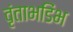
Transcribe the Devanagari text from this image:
वृंताभडिंभ